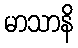
မာသာနိ